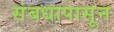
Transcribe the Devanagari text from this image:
संबधापासून